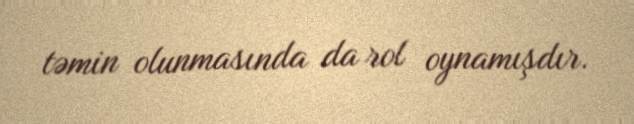
təmin olunmasında da rol oynamışdır.